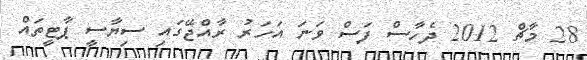
28 މާޗް 2012 ދެހާސް ފަސް ވަނަ އަހަރު ރާއްޖޭގައި ސިޔާސީ ޕާޓީތައް